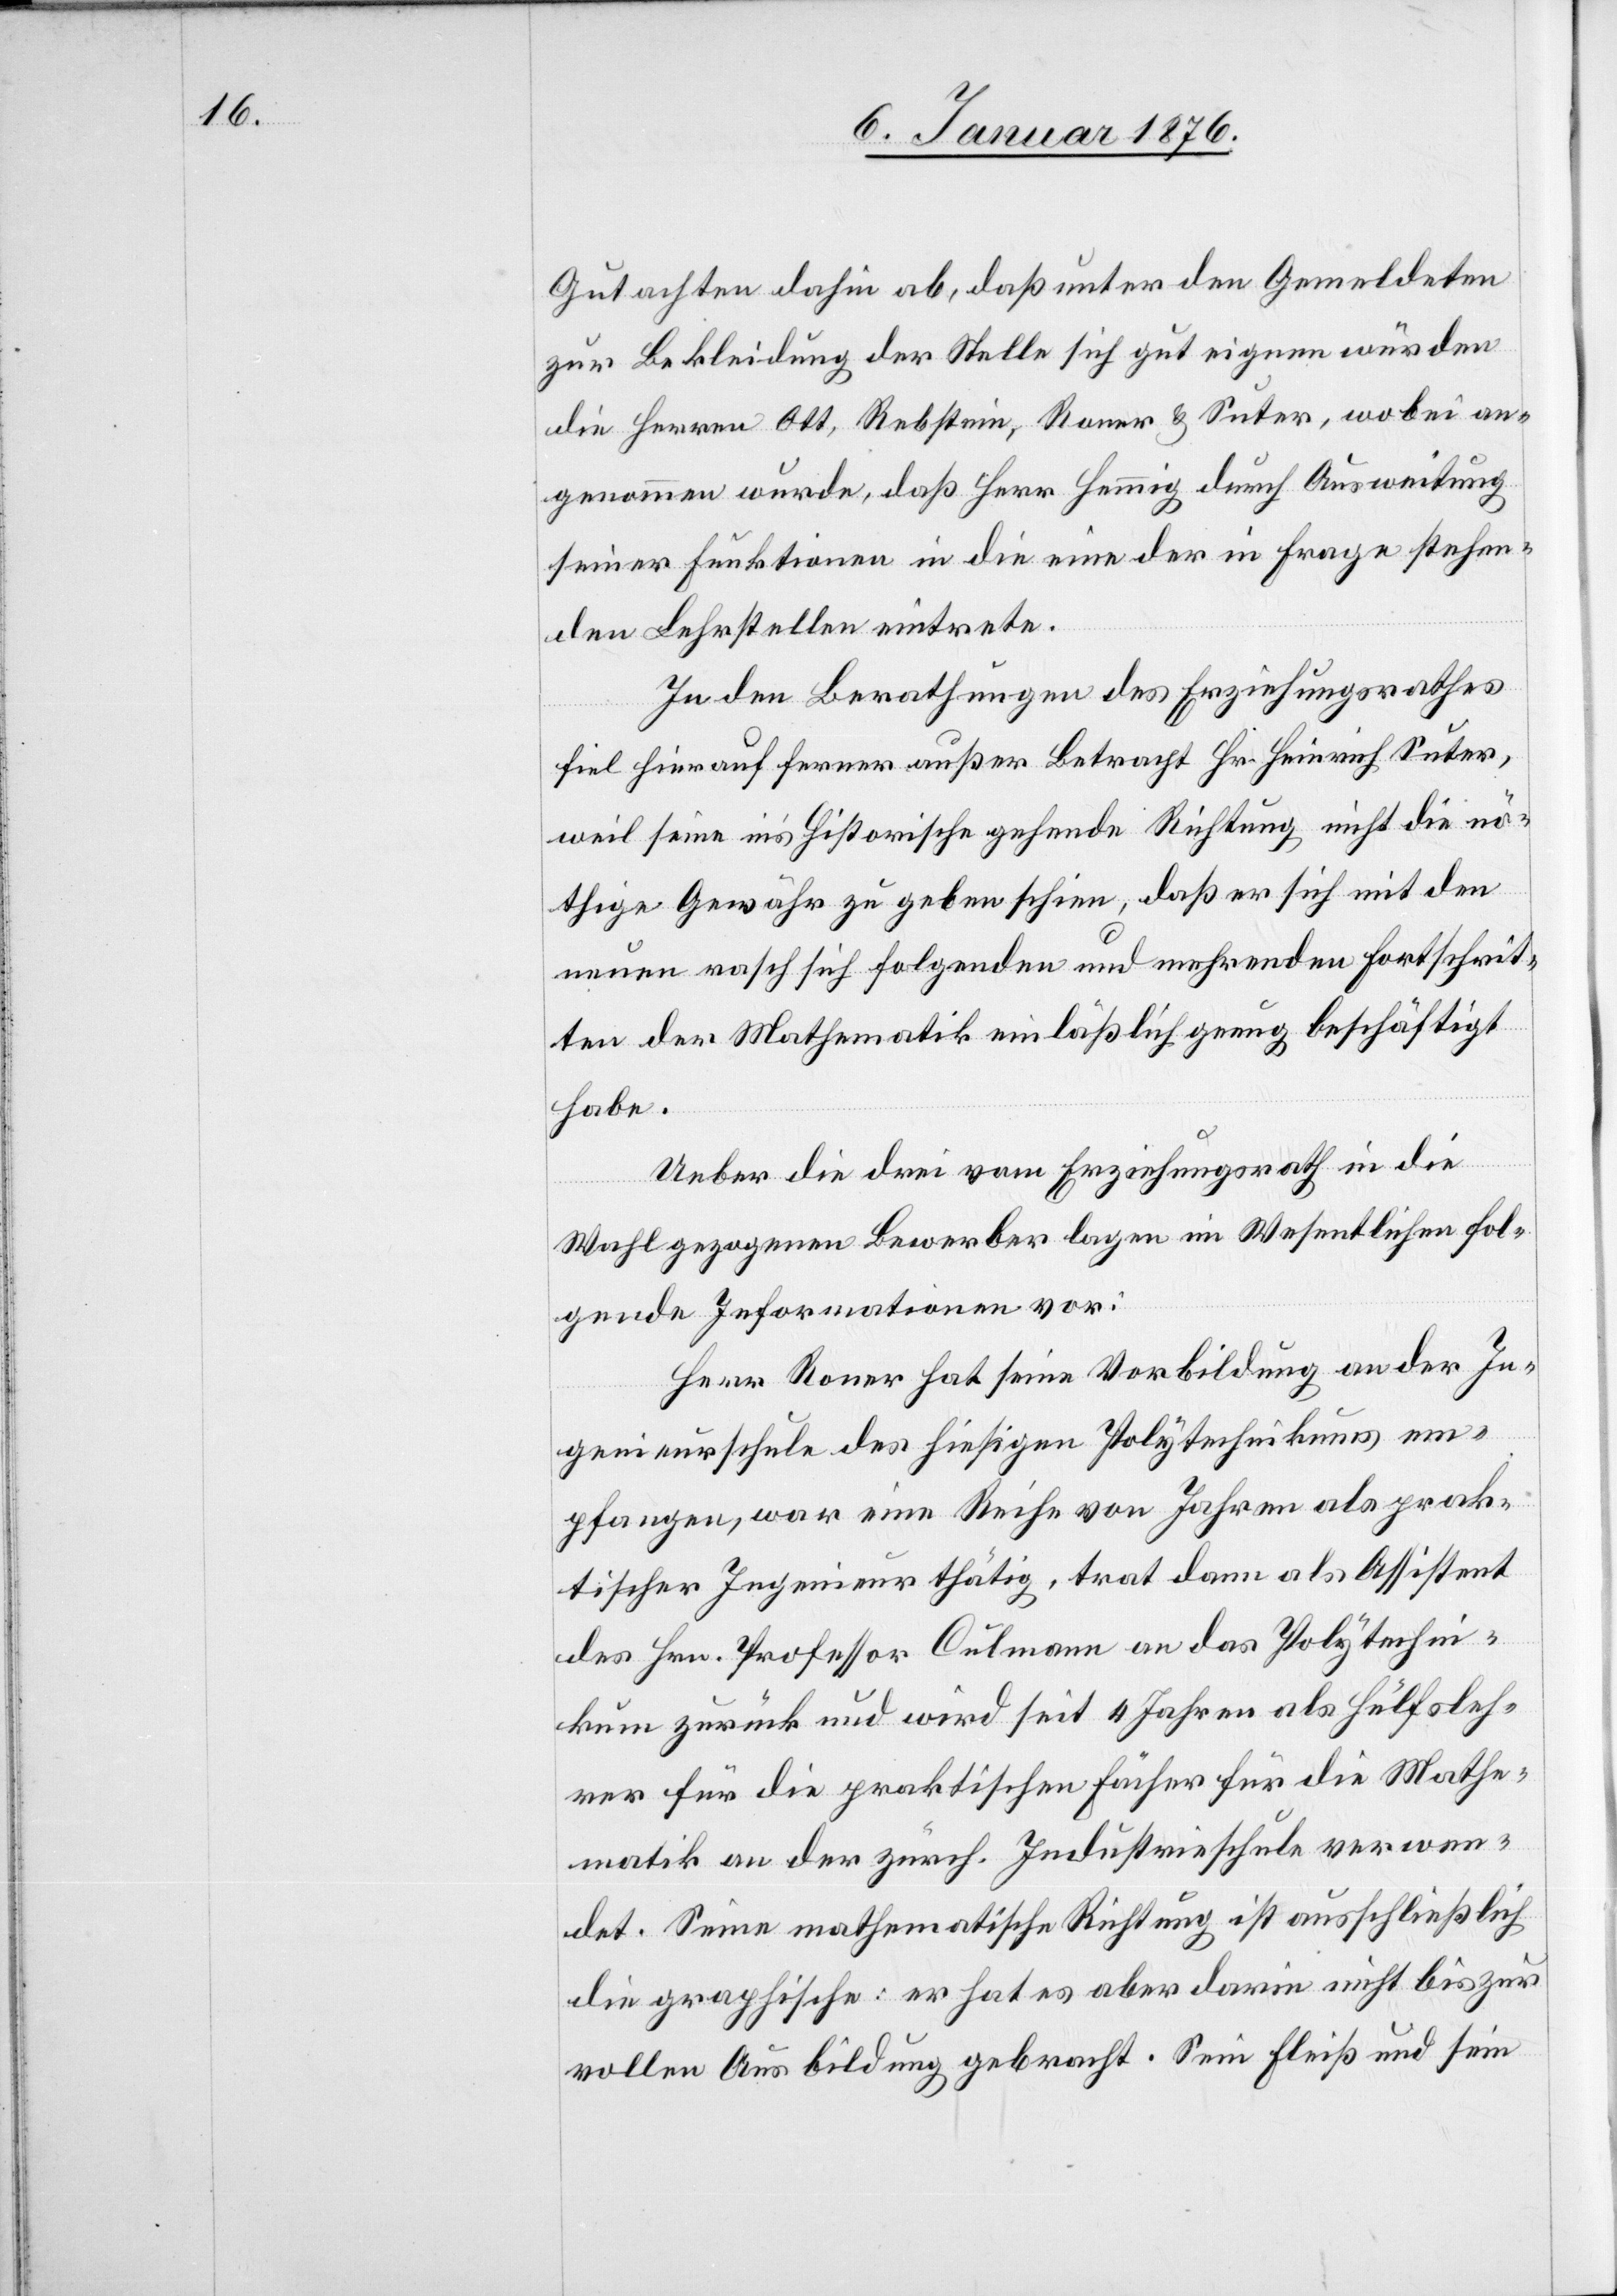
Gutachten dahin ab, daß unter den Gemeldeten
zur Bekleidung der Stelle sich gut eignen würden
die Herren Ott, Rebstein, Ronner & Suter, wobei an¬
genommen wurde, daß Herr Hemmig durch Ausweitung
seiner Funktionen in die eine der in Frage stehen¬
den Lehrstellen eintrete.
In den Berathungen des Erziehungsrathes
fiel hierauf ferner außer Betracht Hr. Heinrich Suter,
weil seine in’s historische gehende Richtung nicht die nö¬
thige Gewähr zu geben scheine, daß er sich mit den
neuen rasch sich folgenden und mehrenden Fortschrit¬
ten der Mathematik einläßlich genug beschäftig
habe.
Ueber die drei vom Erziehungsrath in die
Wahl gezogenen Bewerber lagen im Wesentlichen fol¬
gende Informationen vor:
Herr Ronner hat seine Vorbildung an der In¬
genieurschule des hiesigen Polytechnikums em¬
pfangen, war eine Reihe von Jahren als prak¬
tischer Ingenieur thätig, trat dann als Assistent
des Hrn. Professor Culmann an das Polytechni¬
kum zurück und wird seit 4 Jahren als Hülfsleh¬
rer für die praktischen Fächer für die Mathe¬
matik an der zürch. Industrieschule verwen¬
det. Seine mathematische Richtung ist ausschließlich
die graphische: er hat es aber darin nicht bis zur
vollen Ausbildung gebracht. Sein Fleiß und sein